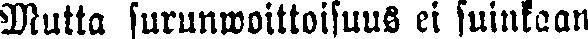
Mutta surunwoittoisuus ei suinkaan